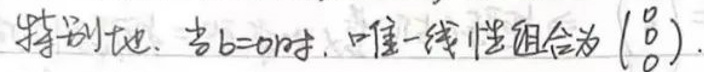
特例：当\(b = 0\)时，唯一线性组合为\(\left(\begin{matrix}0\\0\end{matrix}\right)\)